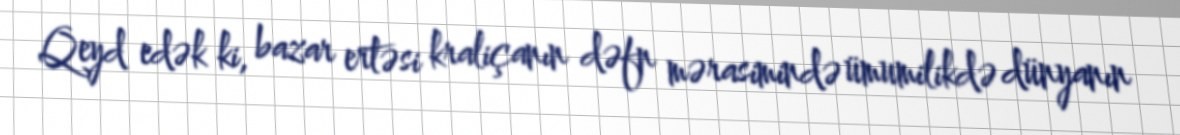
Qeyd edək ki, bazar ertəsi kraliçanın dəfn mərasimində ümumilikdə dünyanın